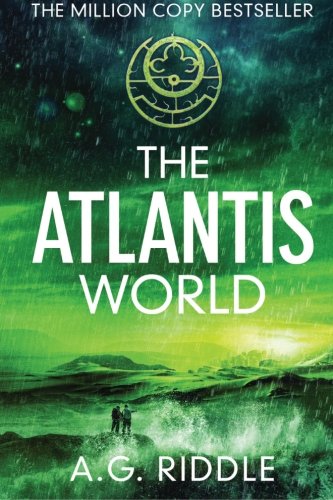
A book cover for The Atlantis World (The Origin Mystery, Book 3); A.G. Riddle; Science Fiction & Fantasy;